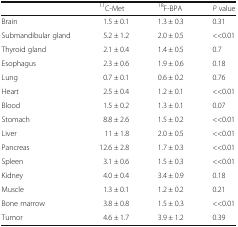
|  | 11C-Met | 18F-BPA | P value |
 | --- | --- | --- | --- |
 | Brain | 1.5 ± 0.1 | 1.3 ± 0.3 | 0.31 |
 | Submandibular gland | 5.2 ± 1.2 | 2.0 ± 0.5 | <<0.01 |
 | Thyroid gland | 2.1 ± 0.4 | 1.4 ± 0.5 | 0.7 |
 | Esophagus | 2.3 ± 0.6 | 1.9 ± 0.6 | 0.18 |
 | Lung | 0.7 ± 0.1 | 0.6 ± 0.2 | 0.76 |
 | Heart | 2.5 ± 0.4 | 1.2 ± 0.1 | <<0.01 |
 | Blood | 1.5 ± 0.2 | 1.3 ± 0.1 | 0.07 |
 | Stomach | 8.8 ± 2.6 | 1.5 ± 0.2 | <<0.01 |
 | Liver | 11 ± 1.8 | 2.0 ± 0.5 | <<0.01 |
 | Pancreas | 12.6 ± 2.8 | 1.7 ± 0.3 | <<0.01 |
 | Spleen | 3.1 ± 0.6 | 1.5 ± 0.3 | <<0.01 |
 | Kidney | 4.0 ± 0.4 | 3.4 ± 0.9 | 0.18 |
 | Muscle | 1.3 ± 0.1 | 1.2 ± 0.2 | 0.21 |
 | Bone marrow | 3.8 ± 0.8 | 1.5 ± 0.3 | <<0.01 |
 | Tumor | 4.6 ± 1.7 | 3.9 ± 1.2 | 0.39 |